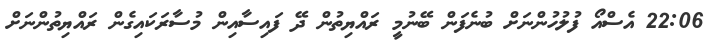
22:06 އެސްއޯ ފުލުހުންނަށް ބުނެފަން ބޭނުމީ ރައްޔިތުން ދޭ ފައިސާއިން މުސާރަކައިގެން ރައްޔިތުންނަށް